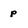
Character: p